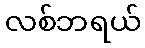
လစ်ဘရယ်